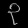
Digit: ၃